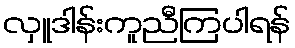
လှူဒါန်းကူညီကြပါရန်